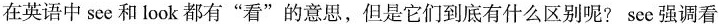
在英语中see和look都有”看”的意思，但是它们到底有什么区别呢？see强调看